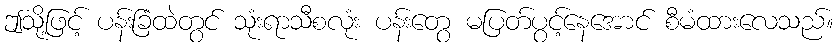
ဤသို့ဖြင့် ပန်းခြံထဲတွင် သုံးရာသီစလုံး ပန်းတွေ မပြတ်ပွင့်နေအောင် စီမံထားလေသည်။